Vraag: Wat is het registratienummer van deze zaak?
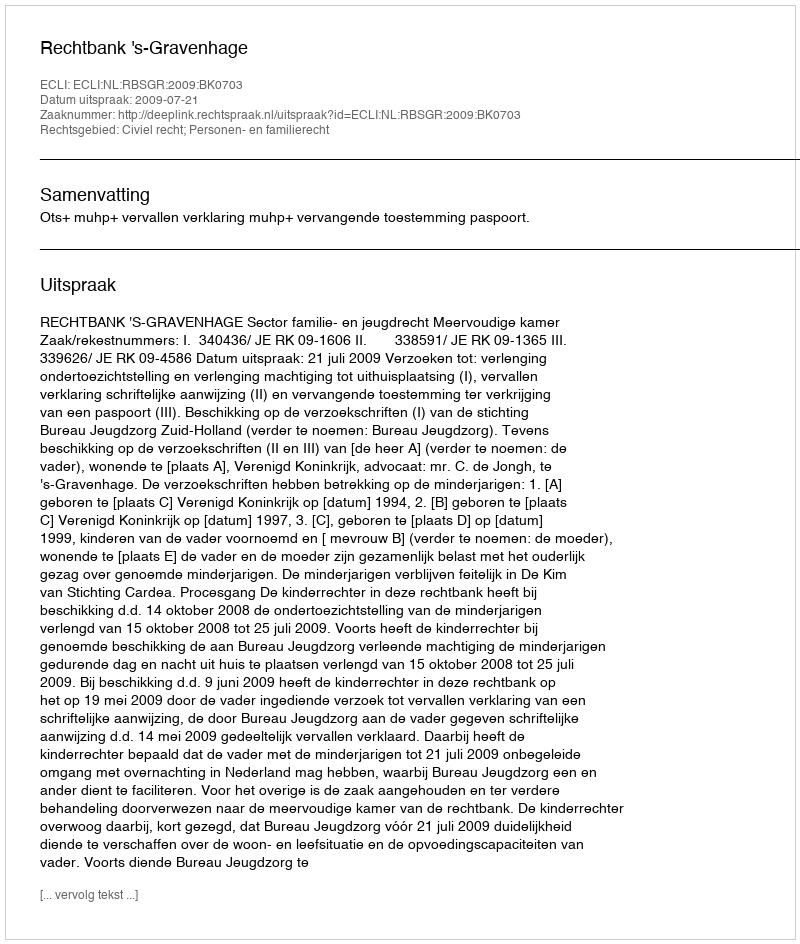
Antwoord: http://deeplink.rechtspraak.nl/uitspraak?id=ECLI:NL:RBSGR:2009:BK0703